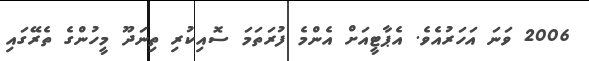
2006 ވަނަ އަހަރުއެވެ. އެޕާޓީއަށް އެންމެ ފުރަތަމަ ސޮއިކުރި ތިނަދޫ މީހުންގެ ތެރޭގައި